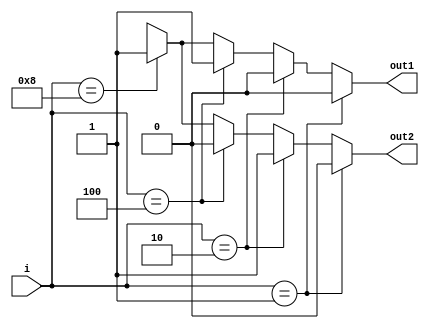
module encoder_vec(i,out1,out2);
input [3:0]i;
output reg out1,out2;
always @(*)begin
	if(i==4'b0001)begin
		out1=0;
		out2=0;
	end
	else if(i==4'b0010)begin
		out1=0;
		out2=1;
	end
	else if(i==4'b0100)begin
		out1=1;
		out2=0;
	end
	else if(i==4'b1000) begin
		out1=1;
		out2=1;
	end
	else begin
		out1=1'bx;
		out2=1'bx;
	end
end
endmodule